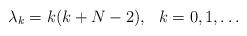
LaTeX: \begin{align*}\lambda_k=k(k+N-2),\ \ k=0,1, \ldots\end{align*}